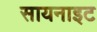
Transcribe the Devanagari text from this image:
सायनाइट